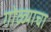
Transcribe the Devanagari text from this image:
गोळ्याचा